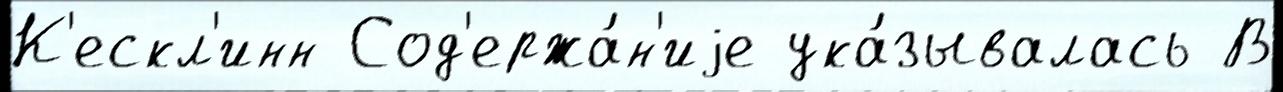
К'ескл'инн Сод'ержа́н'иjе ука́зывалась В